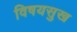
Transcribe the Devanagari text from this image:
विषयसुख